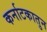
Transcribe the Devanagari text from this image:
कर्नाटकातुन